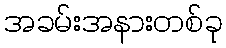
အခမ်းအနားတစ်ခု